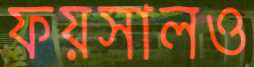
ফয়সালও